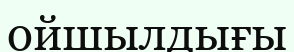
ойшылдығы